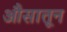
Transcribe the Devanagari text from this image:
औसातून